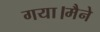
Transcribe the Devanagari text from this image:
गया।मैने